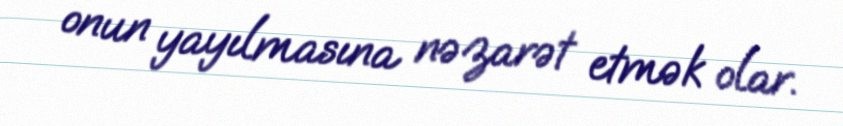
onun yayılmasına nəzarət etmək olar.